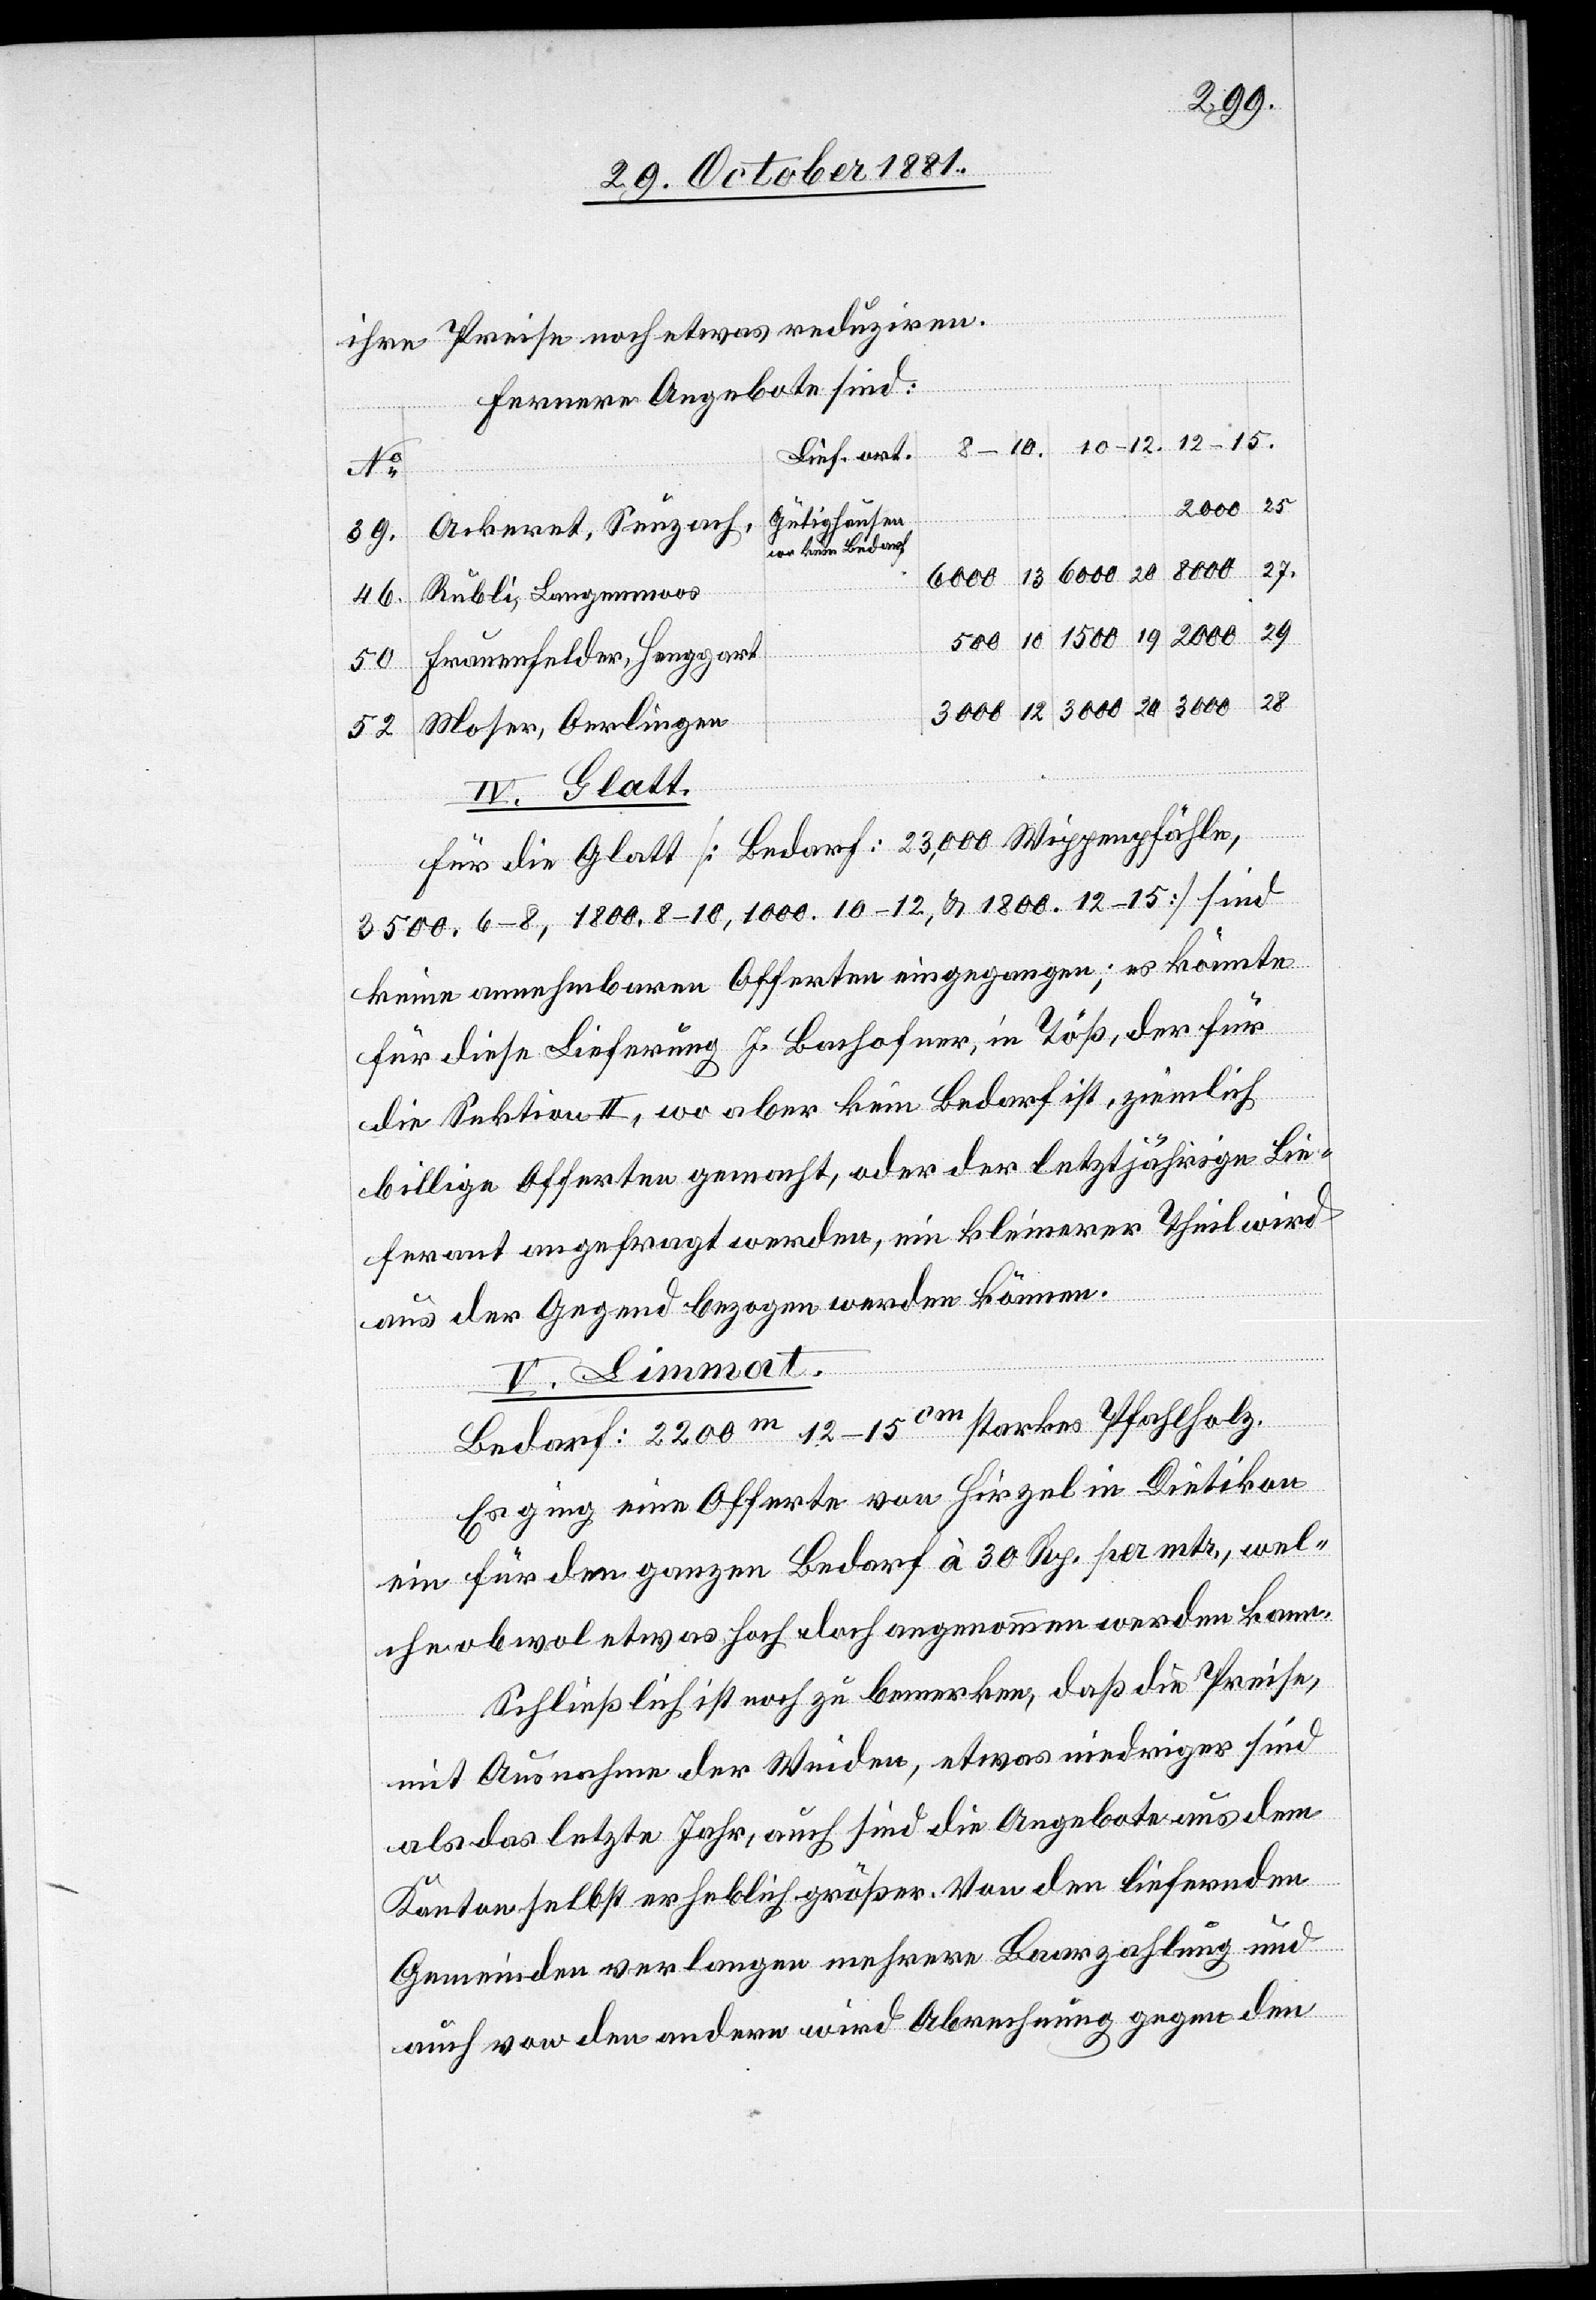
ihre Preise noch etwas reduziren.
Ferner Angeboten sind:
12–15.
Lieferort
25
22,500
Gütighausen
Ackeret, Seuzach,
27.
3000
6000
13
20
Rubli, Langenmoos
46.
29
2000
19
1500
500
an kein
Frauenfelder, Henggart
50
Moser, Oerlingen
52
IV. Glatt.
Für die Glatt [Bedarf: 23,000 Wippenpfähle,
3500. 6–8, 1800. 8–10, 1000. 10–12, & 1800. 12–15] sind
keine annehmbaren Offerten eingegangen; es könnte
für diese Lieferung J. Bachofner, in Töß, der für
die Sektion II, wo aber kein Bedarf ist, ziemlich
billige Offerten gemacht, oder der letztjährige Lie¬
ferant angefragt werden, ein kleinerer Theil wird
aus der Gegend bezogen werden können.
V. Limmat.
Bedarf: 2200m 12–15cm starkes Pfahlholz.
28
Es ging eine Offerte von Hirzel in Dietikon
ein für den ganzen Bedarf à 30 Rp. per mtr., wel¬
che obwol etwas hoch doch angenommen werden kann.
Schließlich ist noch zu bemerken, daß die Preise,
mit Ausnahme der Weiden, etwas niedriger sind
als das letzte Jahr, auch sind die Angebote aus dem
Kanton selbst erheblich größer. Von den Liefernden
Gemeinden verlangen mehrere Baarzahlung und
auch von den andern wird Abrechnung gegen den